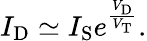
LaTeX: I_{\mathrm{D}}\simeq I_{\mathrm{S}}e^{\frac{V_{\mathrm{D}}}{V_{\mathrm{T}}}}.